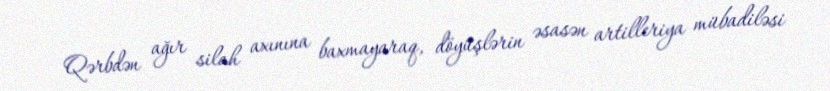
Qərbdən ağır silah axınına baxmayaraq, döyüşlərin əsasən artilleriya mübadiləsi